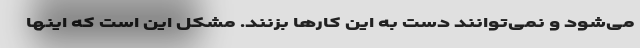
می‌شود و نمی‌توانند دست به این کارها بزنند. مشکل این است که اینها